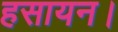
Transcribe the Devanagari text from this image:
हसायन।